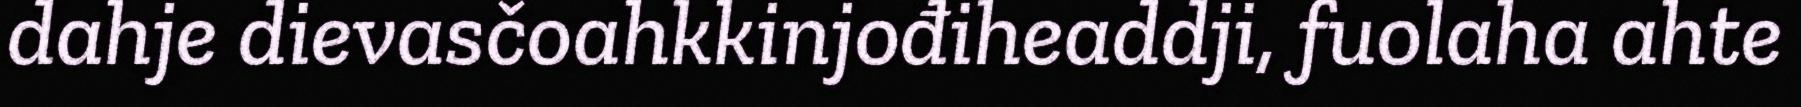
dahje dievasčoahkkinjođiheaddji, fuolaha ahte